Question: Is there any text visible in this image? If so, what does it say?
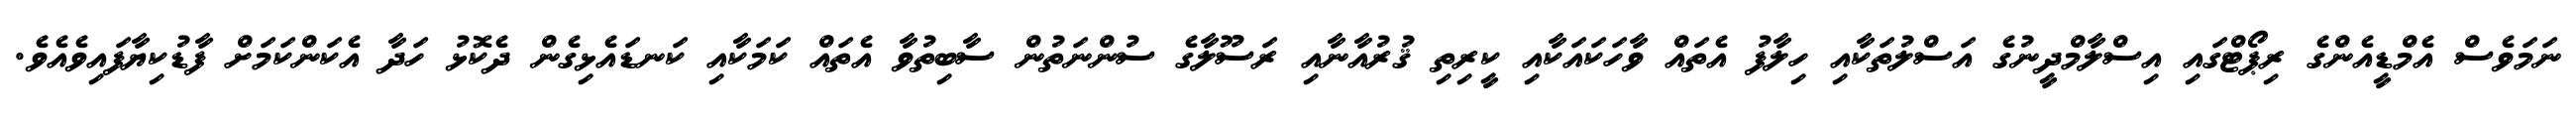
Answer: ނަމަވެސް އެމްޑީއެންގެ ރިޕޯޓްގައި އިސްލާމްދީނުގެ އަސްލުތަކާއި ހިލާފު އެތައް ވާހަކައަކާއި ކީރިތި ޤުރުއާނާއި ރަސޫލާގެ ސުންނަތުން ސާބިތުވާ އެތައް ކަމަކާއި ކަނޑައެޅިގެން ދެކޮޅު ހަދާ އެކަންކަމަށް ފާޑުކިޔާފައިވެއެވެ.